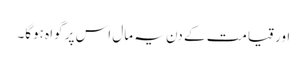
اور قیامت کے دن یہ مال اس پر گواہ ہوگا۔